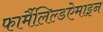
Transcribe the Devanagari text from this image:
फार्मैलिल्डऐमाइन